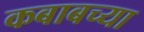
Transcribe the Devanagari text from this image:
कबाबच्या